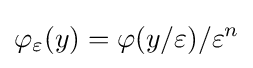
\varphi _{\varepsilon }(y)=\varphi (y/\varepsilon )/\varepsilon ^{n}